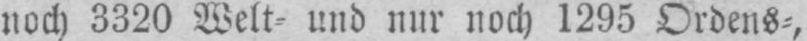
noch 3320 Welt⸗ und nur noch 1295 Ordens⸗,